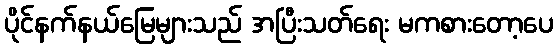
ပိုင်နက်နယ်မြေများသည် အပြီးသတ်ရေး မကစားတော့ပေ